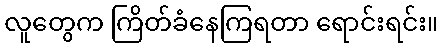
လူတွေက ကြိတ်ခံနေကြရတာ ရောင်းရင်း။